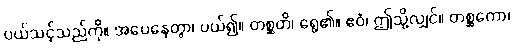
ပယ်သင့်သည်ကို။ အပေနေတွာ၊ ပယ်၍။ တစ္ဆတိ၊ ရွေ၏။ ဧဝံ၊ ဤသို့လျှင်။ တစ္ဆကော၊